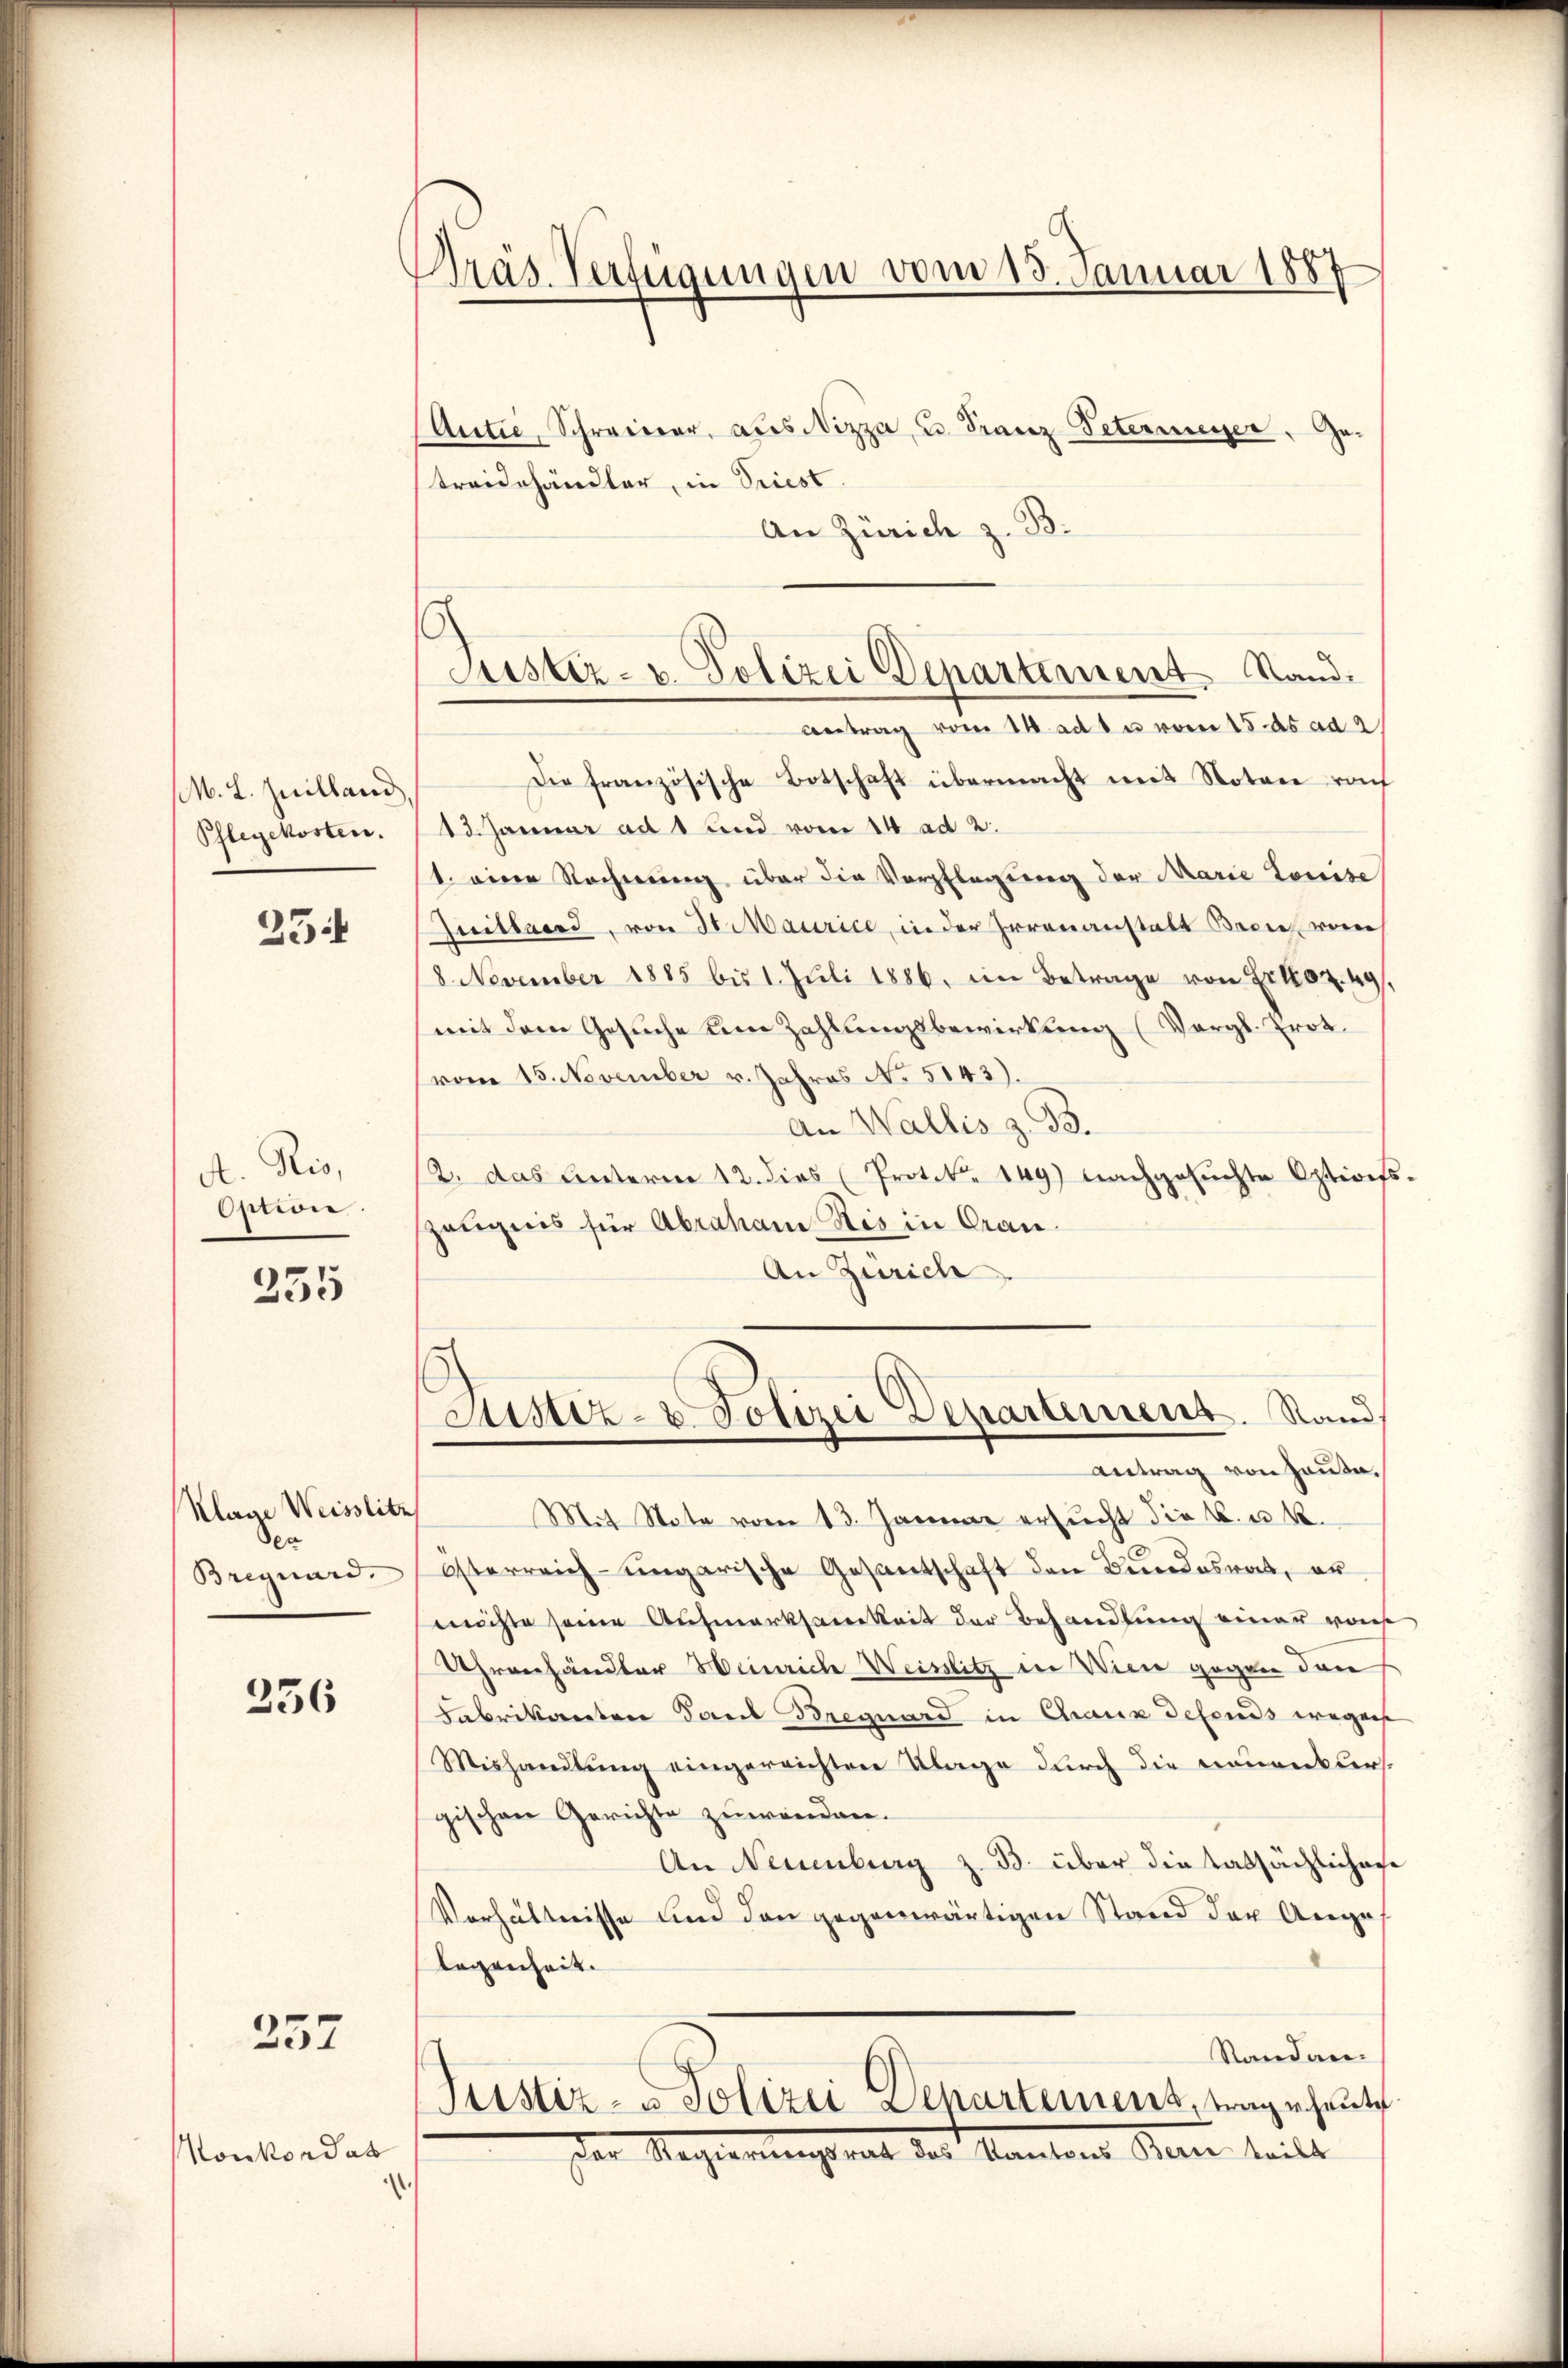
M. L. Juilland
Phlegekosten.

25

A. Ris,
Option.

255

Klage Weisslits
Den
Bregnard.

236

257

Konkordat

.

n

Präs. Verfügungen vom 13. Januar 1887

Justiz- u. Polizei Departement Stand.

Antie, Schreierer, aus Nizza, u. Franz Petermeyer, Getreidehändler, in Priest
An Zürich z. B.
Antrag vom 14. adt u vom 15. ds ad 2
Die französische Botschaft übermacht mit Notar vo
13. Januar ad 1 und vom 14 ad 2.
1. einer Rechnung über die Verpflegung der Marie Louise
Zuillard, von St. Maurice, in der Irrenanstalt Breis vom
8 November 1885 bis 1. Juli 1886, im Betrage von Erkoz. 49.
mit dem Gesuche dem Zahlungsbewirkung (Vergl. Trot.
vom 15. November v. Jahres No 5143).
An Wallis z. B.
2. das Unterm 12. dies (Protok. 149) nachgesuchte Optioefs-
zeugnis für Abraham Ris in Grau¬
An Zürich

Mit State vom 13. Januar ersucht die k. u. R.
Osterreich-ungarische Gesantschaft den Bundesrat, er
möchte seine Aufmerksamkeit der Behandlung einer von
Uhrenhändler Heinrich Weislitz in Wien gegen den
Fabrikanton Paul Breguard in Chaux defonds wegen
Mishandlung eingereichten Klage durch die neuenklers
gischen Gerichte zuwenden.
An Neuenburg z. B. über die tatsächlichere
Verhältnisse und den gegenwärtigen Stand der Angelegenheit.
Randan¬
Justiz- u Polizei Departement, trage heute
Der Machternicht hat der Mantens dann teilt

Justiz- & Polizei Departement. Sand
Antrag von Haute.